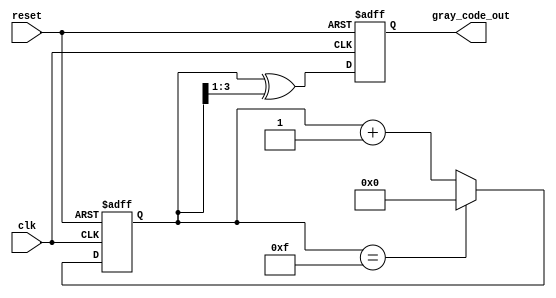
module gray_code_counter #(
    parameter N = 4 // Bit width of the counter (default is 4 bits)
)(
    input wire clk,        // Clock signal
    input wire reset,      // Active low reset signal
    output reg [N-1:0] gray_code_out // Output Gray code
);

    reg [N-1:0] binary_count; // Internal register for binary count

    // Binary to Gray code conversion
    function [N-1:0] binary_to_gray;
        input [N-1:0] binary;
        begin
            binary_to_gray = binary ^ (binary >> 1);
        end
    endfunction

    // Sequential logic for counting
    always @(posedge clk or negedge reset) begin
        if (!reset) begin
            binary_count <= 0; // Reset binary count to 0
            gray_code_out <= 0; // Reset Gray code output to 0
        end else begin
            if (binary_count == (1 << N) - 1) begin
                binary_count <= 0; // Wrap around
            end else begin
                binary_count <= binary_count + 1; // Increment binary count
            end
            gray_code_out <= binary_to_gray(binary_count); // Convert to Gray code
        end
    end

endmodule